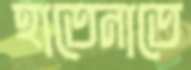
হাতেনাতে